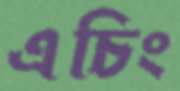
এচিং